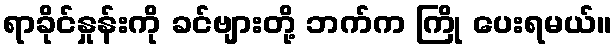
ရာခိုင်နှုန်းကို ခင်ဗျားတို့ ဘက်က ကြို ပေးရမယ်။